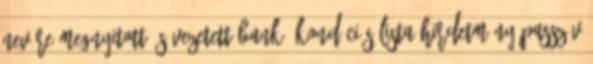
nevére megnyitott és vezetett bank, KONDÍCIÓS LISTA HIRDETMÉNY PASSZÍV